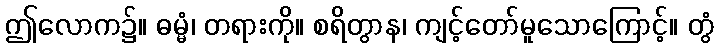
ဤလောက၌။ ဓမ္မံ၊ တရားကို။ စရိတွာန၊ ကျင့်တော်မူသောကြောင့်။ တွံ